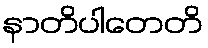
နာတိပါတေတိ